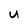
Character: U